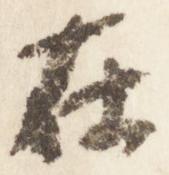
在